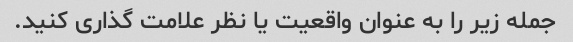
جمله زیر را به عنوان واقعیت یا نظر علامت گذاری کنید.